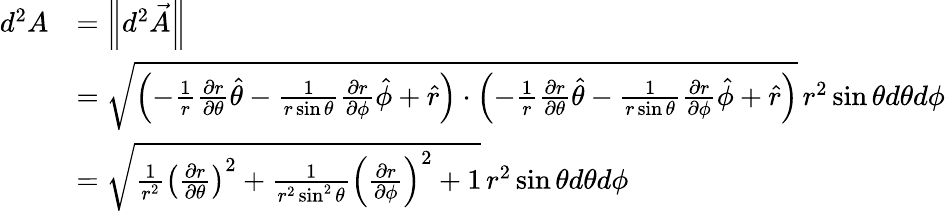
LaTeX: \begin{array}{rl}{d^{2}A}&{=\left\lVert d^{2}\vec{A}\right\lVert}\\ &{=\sqrt{\left(-\frac 1r\frac{\partial r}{\partial\theta}\hat{\theta}-\frac 1{r\sin\theta}\frac{\partial r}{\partial\phi}\hat{\phi}+\hat{r}\right)\cdot\left(-\frac 1r\frac{\partial r}{\partial\theta}\hat{\theta}-\frac 1{r\sin\theta}\frac{\partial r}{\partial\phi}\hat{\phi}+\hat{r}\right)}\, r^{2}\sin\theta d\theta d\phi}\\ &{=\sqrt{\frac 1{r^{2}}\left(\frac{\partial r}{\partial\theta}\right)^{2}+\frac 1{r^{2}\sin^{2}\theta}\left(\frac{\partial r}{\partial\phi}\right)^{2}+1}\, r^{2}\sin\theta d\theta d\phi}\end{array}